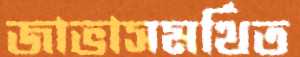
জাভাসমর্থিত